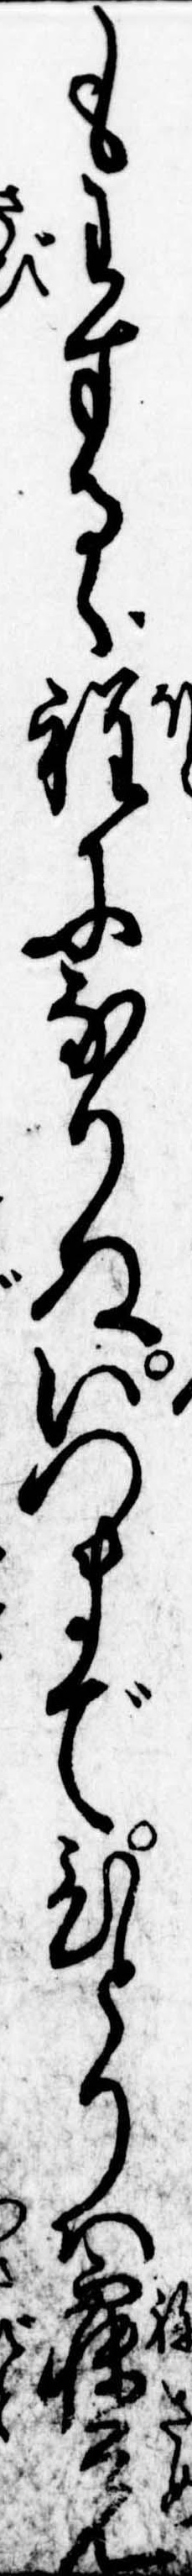
もわするゝ程になりぬいつまでひとりは寝覚